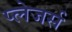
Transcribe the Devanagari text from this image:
प्लेजर्स